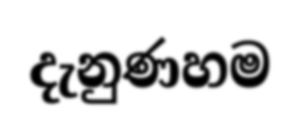
දැනුණහම